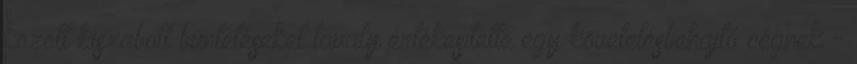
között kiszabott büntetéseket tavaly értékesítette egy követelésbehajtó cégnek -